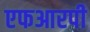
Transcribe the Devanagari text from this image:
एफआरपी